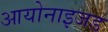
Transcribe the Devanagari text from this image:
आयोनाइजड